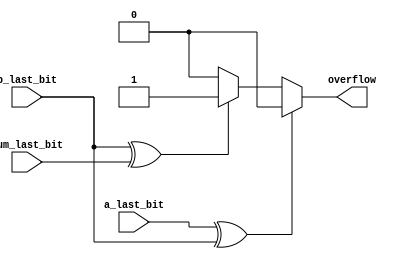
`timescale 1ns / 1ps

// GroupID-73(15116003_15116066) - Abhimanyu Bambhaniya & Utkarsh Gupta 
// overflow_detection.v - Overflow Detection Module

module overflow_detection(
		input  a_last_bit,
		input  b_last_bit,
		input sum_last_bit,
		output reg overflow
);
		reg x, y;
		
		always @(*) begin
			x = a_last_bit ^ b_last_bit;
			y = b_last_bit ^ sum_last_bit;
			
			if(x)	overflow <= 1'b0;
			else if(!y)	overflow <= 1'b0;
			else overflow <= 1'b1;
		end

endmodule